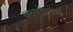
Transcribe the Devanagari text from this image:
वक्षगोलक